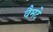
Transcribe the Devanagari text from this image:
वैमटे